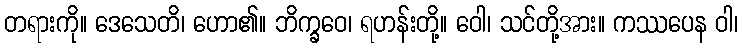
တရားကို။ ဒေသေတိ၊ ဟော၏။ ဘိက္ခဝေ၊ ရဟန်းတို့။ ဝေါ၊ သင်တို့အား။ ကဿပေန ဝါ၊